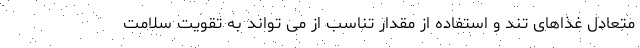
متعادل غذاهای تند و استفاده از مقدار تناسب از می تواند به تقویت سلامت